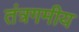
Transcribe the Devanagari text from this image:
तंत्रगमीय